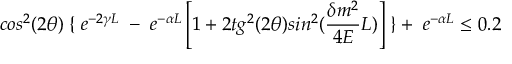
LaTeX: c o s ^ { 2 } ( 2 \theta ) \; \{ \; e ^ { - 2 \gamma L } \; - \; e ^ { - \alpha L } \left[ 1 + 2 t g ^ { 2 } ( 2 \theta ) s i n ^ { 2 } ( \frac { \delta m ^ { 2 } } { 4 E } L ) \right] \; \} + \; e ^ { - \alpha L } \leq 0 . 2